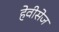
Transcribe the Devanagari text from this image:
हेवीसेज